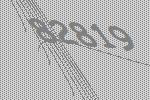
82819